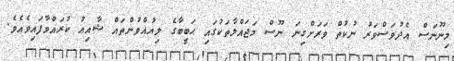
މިނޫނަސް އެދުވަސްވަރު ނުކުތް ވަރަށްގިނަ ނޫސް މަޖައްލާތަކުގައި ޙަބީބާގެ ލިޔުއްވުންތައް ޝާއިޢު ކުރައްވާފައިވެއެވެ.